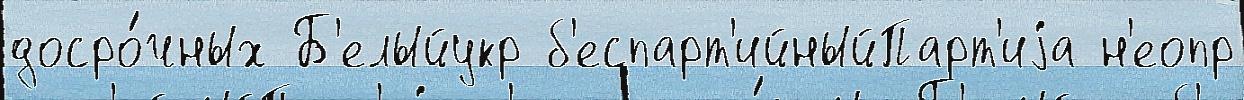
досро́чных Б'елыйукр б'еспарт'ийныйПарт'иjа н'еопр